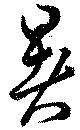
暑